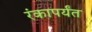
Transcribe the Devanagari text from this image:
रंकापर्यंत